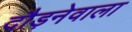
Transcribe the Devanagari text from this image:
दौड़नेवाला